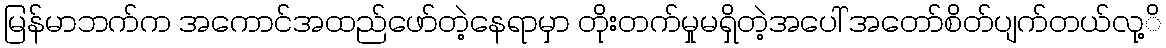
မြန်မာဘက်က အကောင်အထည်ဖော်တဲ့နေရာမှာ တိုးတက်မှုမရှိတဲ့အပေါ် အတော်စိတ်ပျက်တယ်လု့ိ